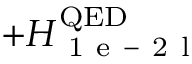
+ H _ { \mathrm { ~ 1 ~ e ~ - ~ 2 ~ l ~ } } ^ { \mathrm { Q E D } }